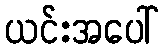
ယင်းအပေါ်